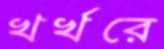
খর্‌খরে